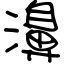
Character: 濞